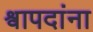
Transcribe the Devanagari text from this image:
श्वापदांना